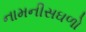
નામનીસઘળો